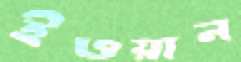
ইওয়ান